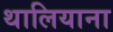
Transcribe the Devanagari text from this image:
थालियाना